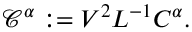
\mathcal { C } ^ { \alpha } : = V ^ { 2 } L ^ { - 1 } C ^ { \alpha } .